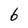
Character: 6